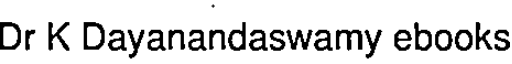
Dr K Dayanandaswamy ebooks